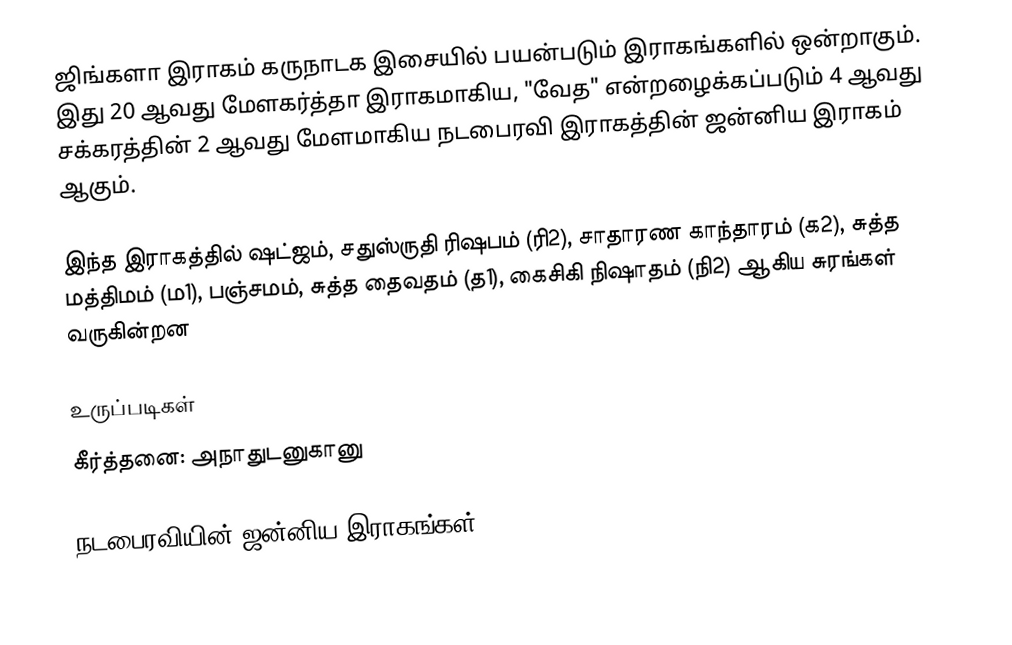
ஜிங்களா இராகம் கருநாடக இசையில் பயன்படும் இராகங்களில் ஒன்றாகும். இது 20 ஆவது மேளகர்த்தா இராகமாகிய, "வேத" என்றழைக்கப்படும் 4 ஆவது சக்கரத்தின் 2 ஆவது மேளமாகிய நடபைரவி இராகத்தின் ஜன்னிய இராகம் ஆகும்.

இந்த இராகத்தில் ஷட்ஜம், சதுஸ்ருதி ரிஷபம் (ரி2),  சாதாரண காந்தாரம் (க2), சுத்த மத்திமம் (ம1), பஞ்சமம், சுத்த தைவதம் (த1), கைசிகி நிஷாதம்  (நி2) ஆகிய சுரங்கள் வருகின்றன

உருப்படிகள்
 கீர்த்தனை: அநாதுடனுகானு

நடபைரவியின் ஜன்னிய இராகங்கள்